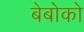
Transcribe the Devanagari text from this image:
बेबोको